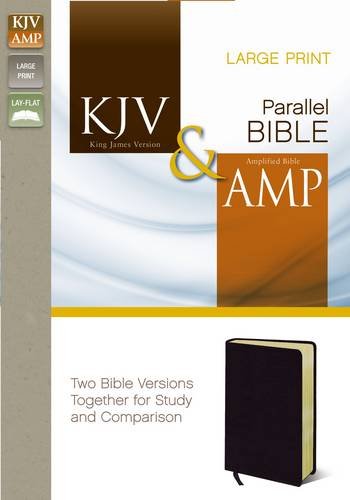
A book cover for KJV and   AMP Parallel Bible, Large Print: Two Bible Versions Together for Study and Comparison; Zondervan; Christian Books & Bibles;